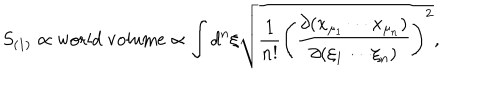
S _ { ( 1 ) } \propto \mathrm { w o r l d ~ v o l u m e } \propto \int d ^ { n } \xi \sqrt { \frac { 1 } { n ! } \left( \frac { \partial ( x _ { \mu _ { 1 } } \cdots x _ { \mu _ { n } } ) } { \partial ( \xi _ { 1 } \cdots \xi _ { n } ) } \right) ^ { 2 } } ,